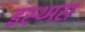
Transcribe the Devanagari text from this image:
इस्थ्मस